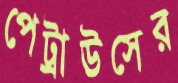
পেট্রাউসের